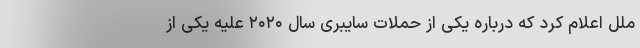
ملل اعلام کرد که درباره یکی از حملات سایبری سال ۲۰۲۰ علیه یکی از